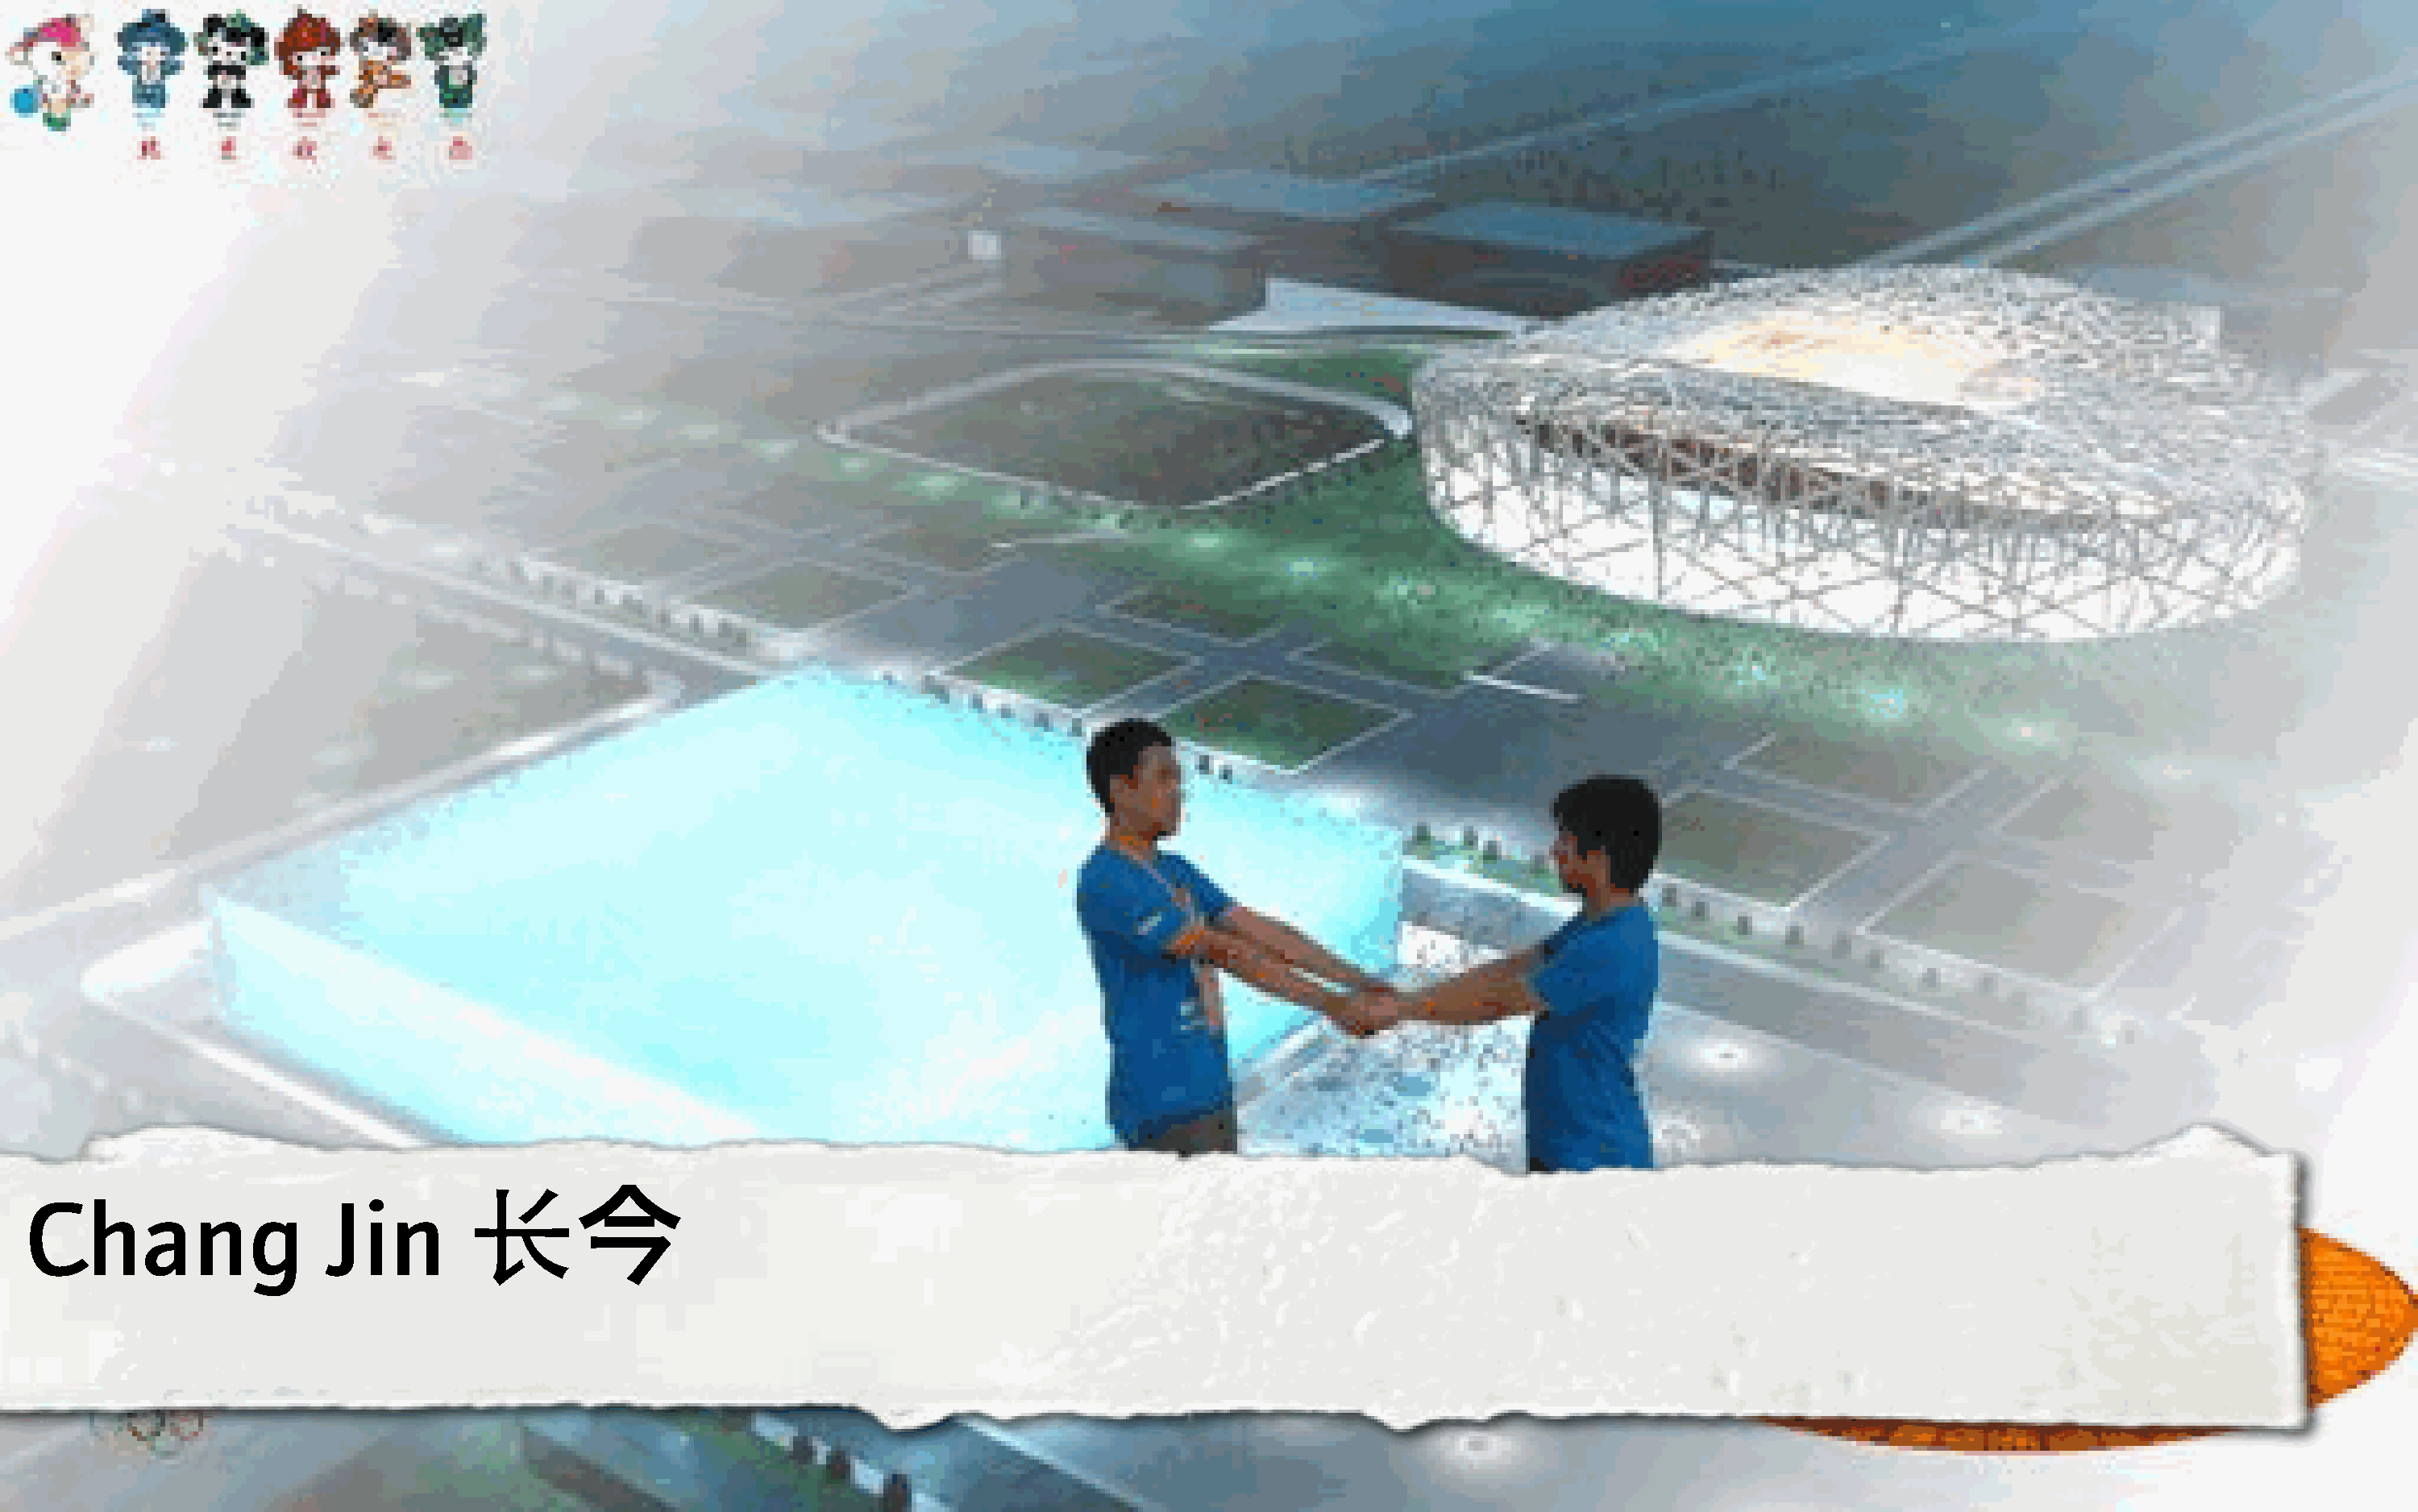
8
 Chang                    Jin
 今